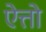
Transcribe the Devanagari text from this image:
ऐत्तो